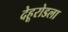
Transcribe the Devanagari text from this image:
देहूरोडला